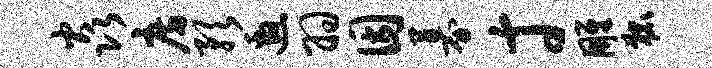
焱房预邀羽因募寸雕狐